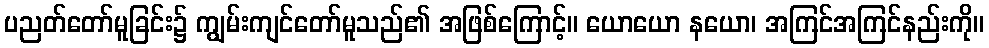
ပညတ်တော်မူခြင်း၌ ကျွမ်းကျင်တော်မူသည်၏ အဖြစ်ကြောင့်။ ယောယော နယော၊ အကြင်အကြင်နည်းကို။